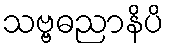
သဗ္ဗဓညာနိပိ